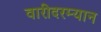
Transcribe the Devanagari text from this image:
वारीदरम्यान